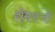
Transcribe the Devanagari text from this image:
होमसजी